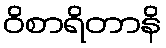
ဝိစာရိတာနိ